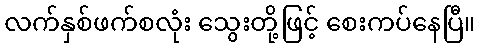
လက်နှစ်ဖက်စလုံး သွေးတို့ဖြင့် စေးကပ်နေပြီ။